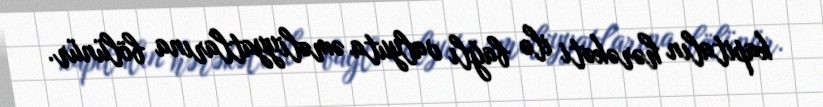
kapitalın hərəkəti ilə bağlı valyuta əməliyyatlarına bölünür.